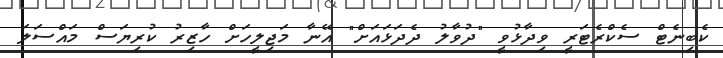
ކެބިނެޓް ސެކްރެޓަރީ ވިދާޅުވީ "ދުވާލު ދެދަޅައަށް" އޭނާ މަޖިލީހަށް ހާޒިރު ކުރިޔަސް މައްސަލަ